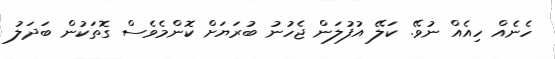
ހެނެއް ހިއެއް ނުވޭ. ކަލޭ އުފުލަން ޖެހުނު ބުރަޔަށް ކޮންމެވެސް ގޮތަކުން ބަދަލު